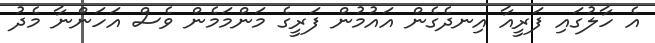
އެ ހާލުގައި ފަރީއާ އިނދެގެން އައުމުން ފަރީގެ މަންމަމެން ވެސް އަހަންނާ މެދު